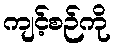
ကျင့်စဉ်ကို